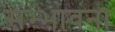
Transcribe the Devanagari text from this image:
संभ्भावना